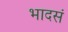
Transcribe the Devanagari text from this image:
भादसं